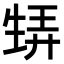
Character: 𤯨